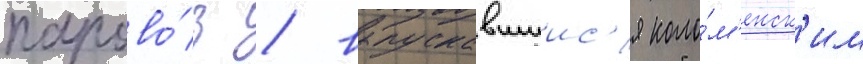
парово́з / выпускавшиис'я коло́м'енск'им